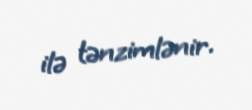
ilə tənzimlənir.